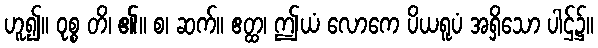
ဟူ၍။ ဝုစ္စ တိ၊ ၏။ စ၊ ဆက်။ ဧတ္ထ၊ ဤယံ လောကေ ပိယရူပံ အရှိသော ပါဌ်၌။